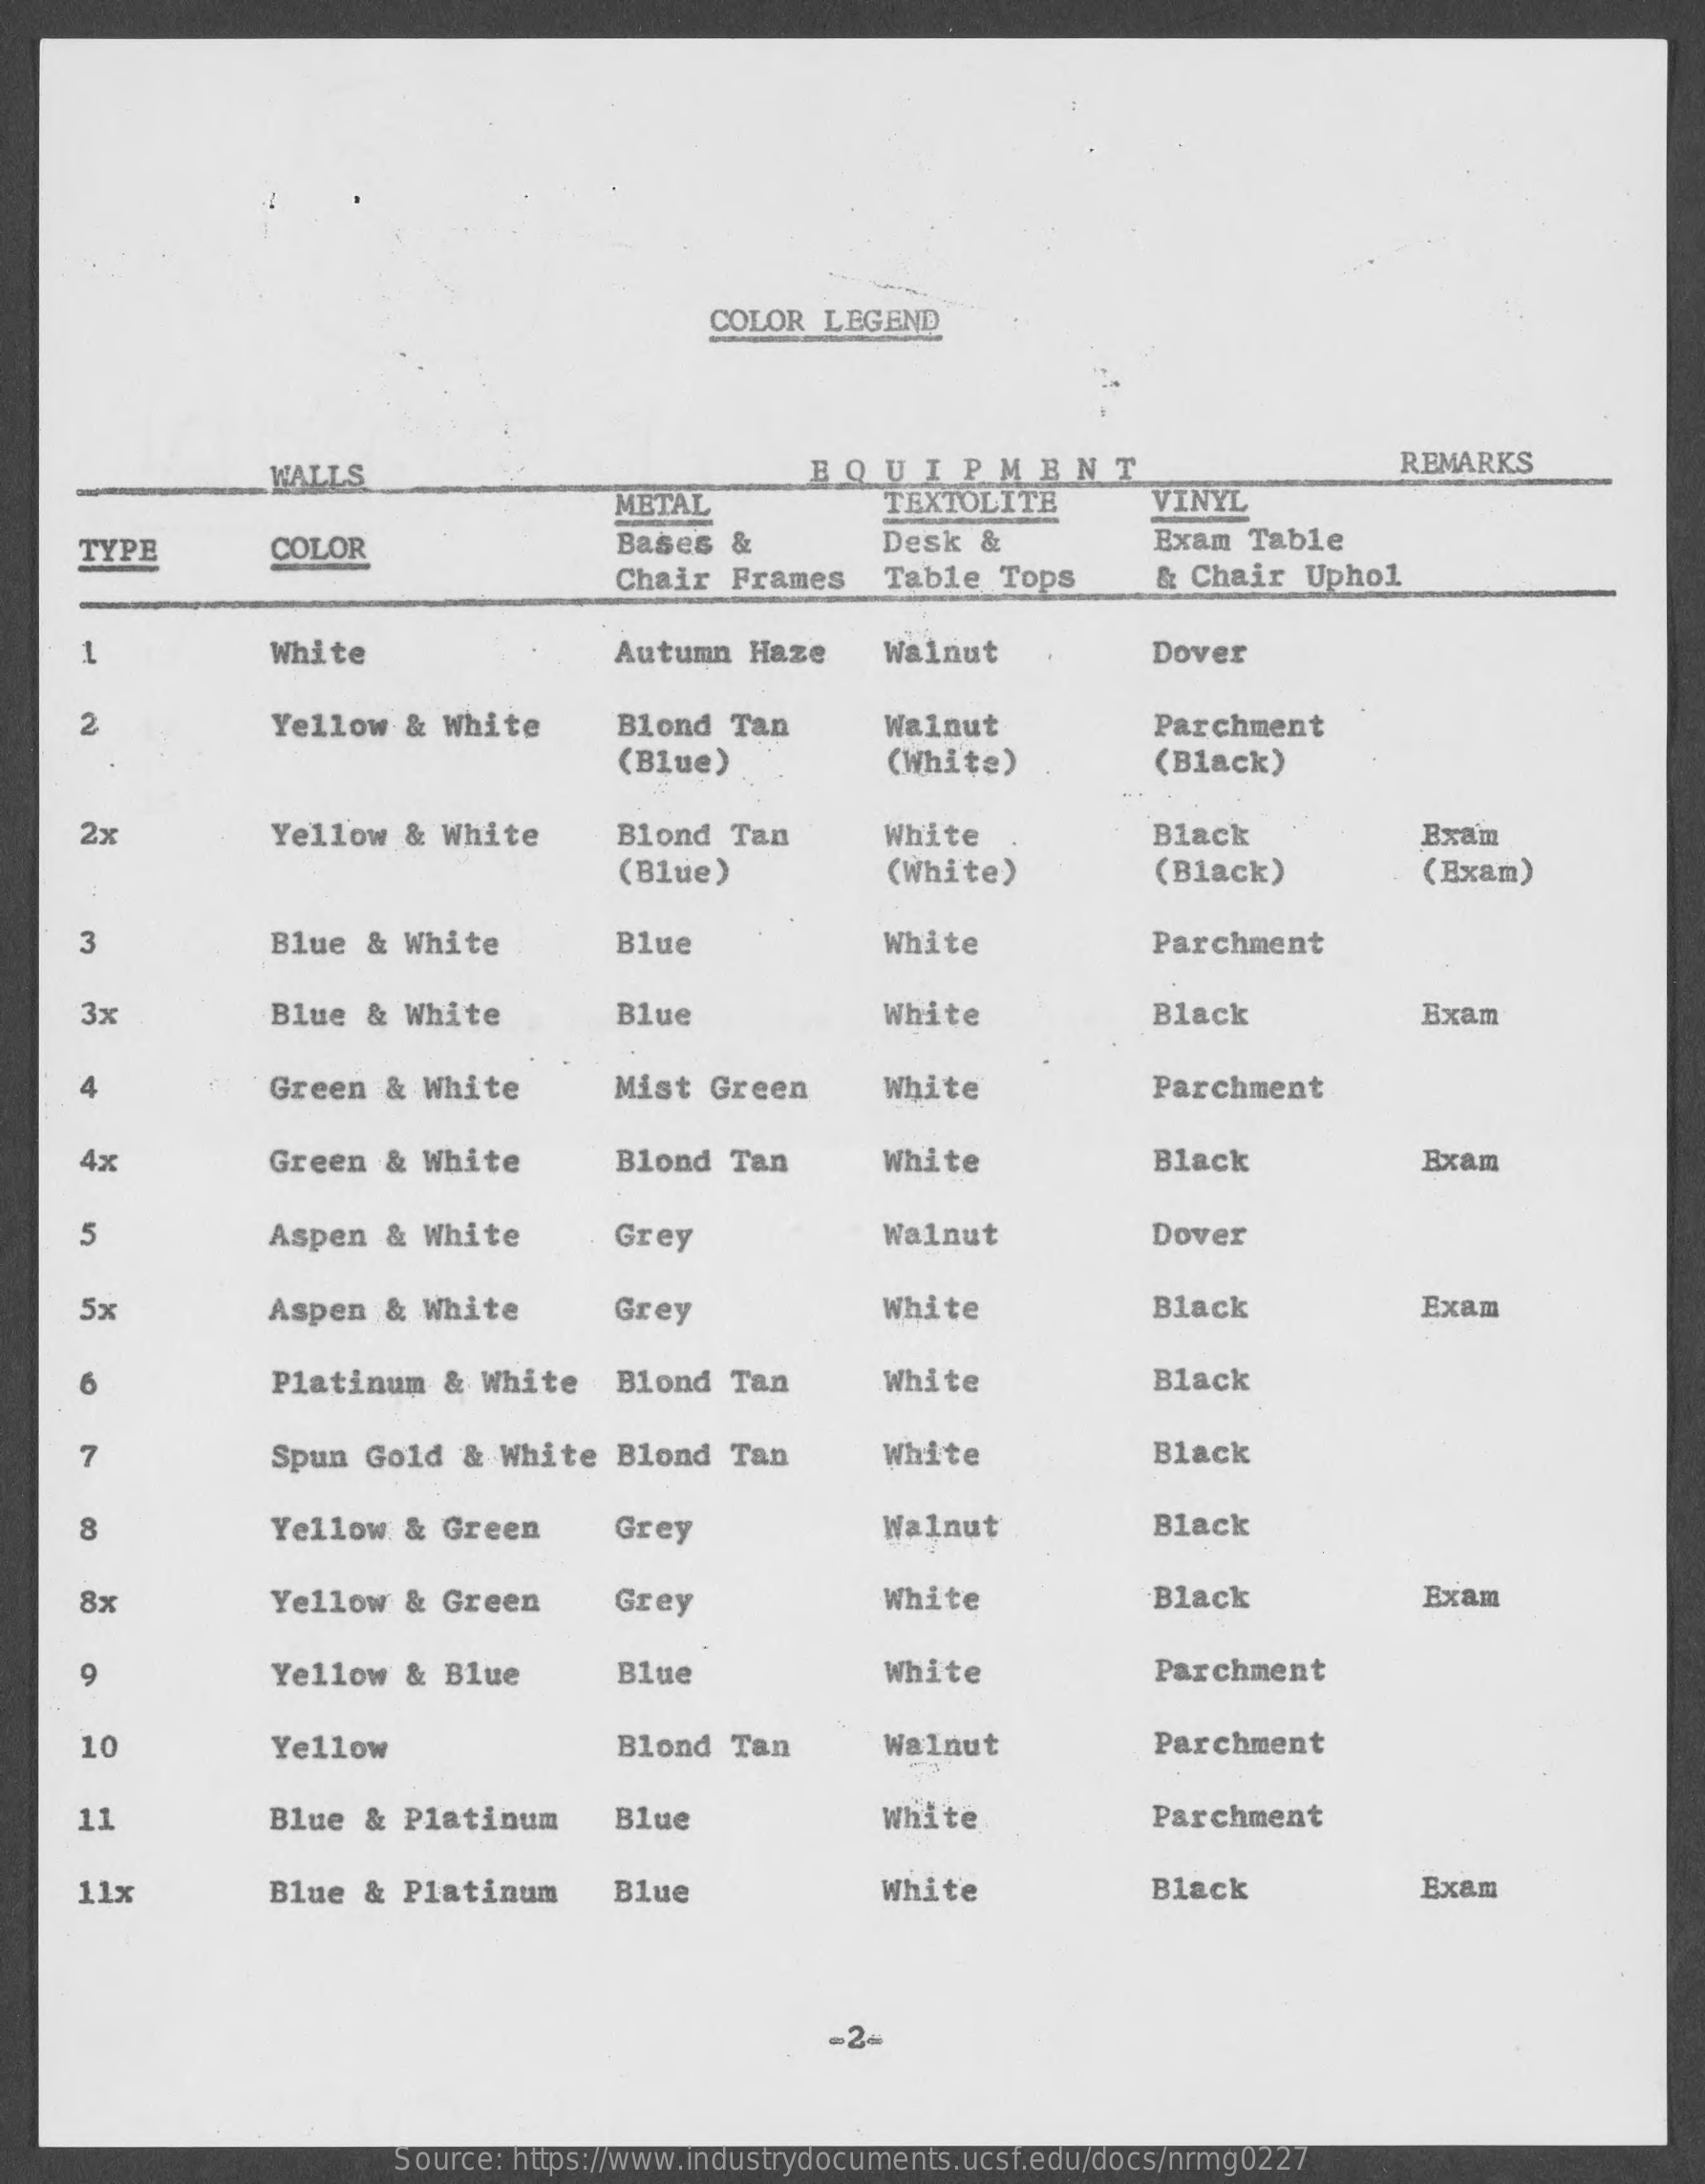
COLOR  LEGEND
     WALLS    EQUIPMENT    REMARKS
     METAL    TEXTOLITE    VINYL
     TYPE    COLOR    Bases  &    Desk  &    Exam  Table
     Chair  Frames    Table   Tops    & Chair  Uphol
     1    White    Autumn  Haze    Walnut    Dover
     2    Yellow  &  White    Blond  Tan    Walnut    Parchment
     (Blue)    (White)    (Black)
     2x    Yellow  & White    Blond  Tan    White    Black    Exam
     (Blue)    (White)    (Black)    (Exam)
     3    Blue  & White    Blue    White    Parchment
     3x    Blue &  White    Blue    White    Black    Exam
     Green  & White    Mist  Green    White    Parchment
     4x    Green  & White    Blond  Tan    White    Black    Exam
     5    Aspen  & White    Grey    Walnut    Dover
     5x    Aspen  & White    Grey    White    Black    Exam
     6    Platinum   & White    Blond  Tan    White    Black
     7    Spun Gold   & White   Blond  Tan    White    Black
     8    Yellow  &  Green    Grey    Walnut    Black
     8x    Yellow  & Green    Grey    White    Black    Exam
     9    Yellow  &  Blue    Blue    White    Parchment
     10    Yellow    Blond  Tan    Walnut    Parchment
     11    Blue  &  Platinum    Blue    White    Parchment
     11x    Blue  & Platinum    Blue    White    Black    Exam
     Source: https://www.industrydocuments.ucsf.edu/docs/nrmg0227